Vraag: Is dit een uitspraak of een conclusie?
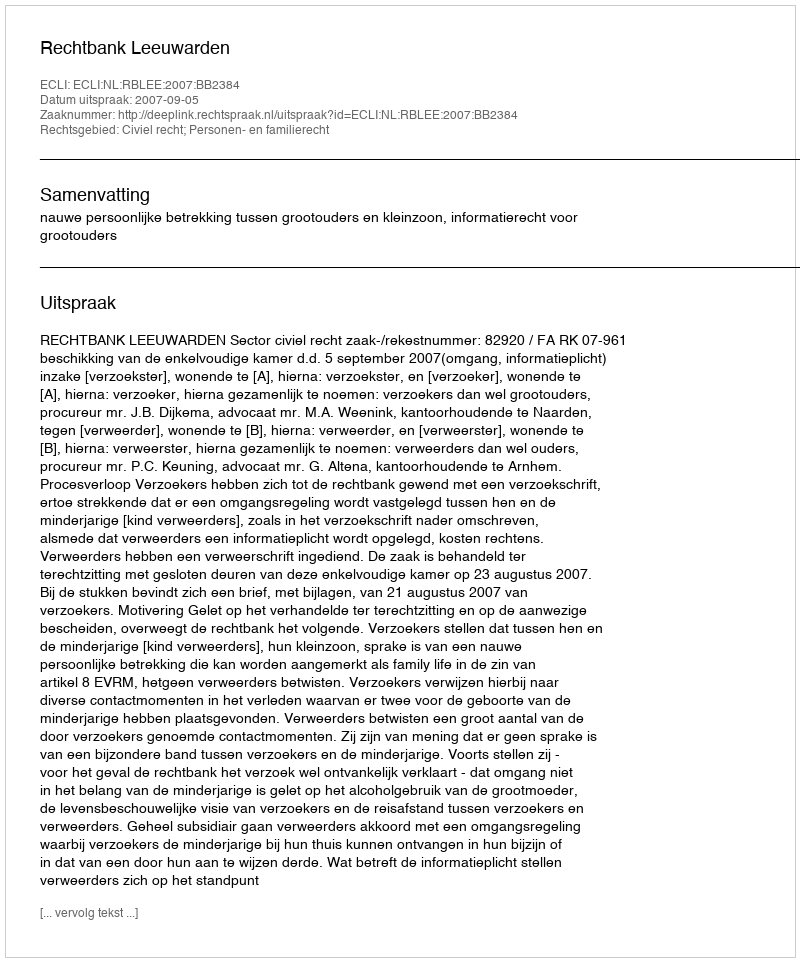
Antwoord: Uitspraak